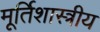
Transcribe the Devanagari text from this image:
मूर्तिशास्त्रीय